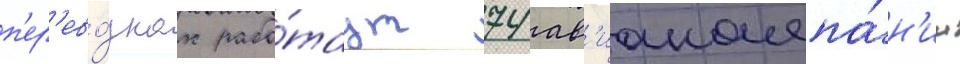
п'ер'ево́зках рабо́таут 74 ав'иакомпа́н'ии